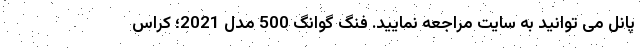
پانل می توانید به سایت مراجعه نمایید. فنگ گوانگ 500 مدل 2021؛ کراس